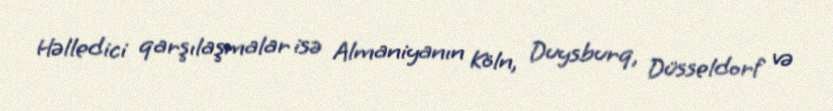
Həlledici qarşılaşmalar isə Almaniyanın Köln, Duysburq, Düsseldorf və